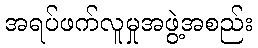
အရပ်ဖက်လူမှုအဖွဲ့အစည်း